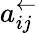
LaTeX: a_{ij}^{\leftarrow}